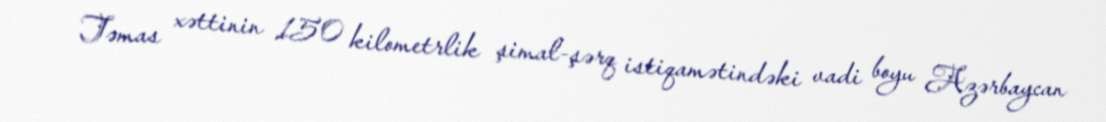
Təmas xəttinin 150 kilometrlik şimal-şərq istiqamətindəki vadi boyu Azərbaycan